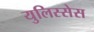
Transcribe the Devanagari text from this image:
युलिस्सेस